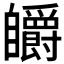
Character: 𮍟